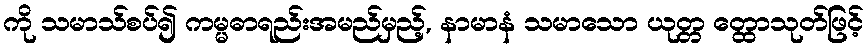
ကို သမာသ်စပ်၍ ကမ္မဓာရည်းအမည်မှည့်, နာမာနံ သမာသော ယုတ္တ တ္ထောသုတ်ဖြင့်